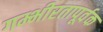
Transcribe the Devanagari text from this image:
गम्भीरतापूर्वक